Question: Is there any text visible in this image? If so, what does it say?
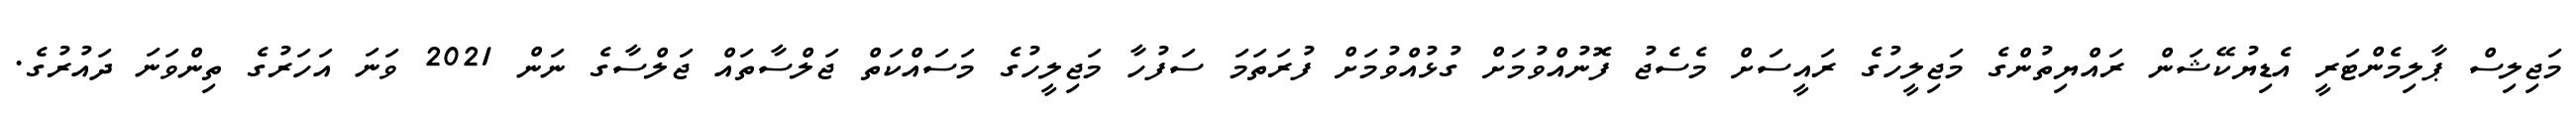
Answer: މަޖިލިސް ޕާލިމެންޓަރީ އެޑިޔުކޭޝަން ރައްޔިތުންގެ މަޖިލީހުގެ ރައީސަށް މެސެޖު ފޮނުއްވުމަށް ގުޅުއްވުމަށް ފުރަތަމަ ސަފުހާ މަޖިލީހުގެ މަސައްކަތް ޖަލްސާތައް ޖަލްސާގެ ނަން 2021 ވަނަ އަހަރުގެ ތިންވަނަ ދައުރުގެ.